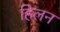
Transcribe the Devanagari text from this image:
हिलन